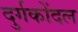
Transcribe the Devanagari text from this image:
दुर्गकोंदल